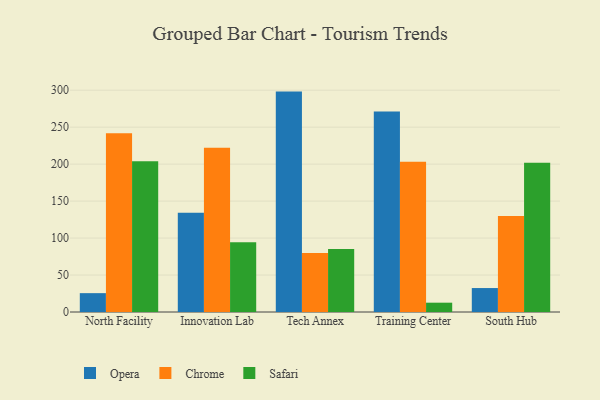
{"axis": {"x": "Campus", "y": "Gross Profit (USD K)"}, "legend": ["Chrome", "Opera", "Safari"], "data": [{"x": "North Facility", "y": 25.5, "type": "Opera"}, {"x": "North Facility", "y": 241.7, "type": "Chrome"}, {"x": "North Facility", "y": 204.0, "type": "Safari"}, {"x": "Innovation Lab", "y": 134.2, "type": "Opera"}, {"x": "Innovation Lab", "y": 222.3, "type": "Chrome"}, {"x": "Innovation Lab", "y": 94.3, "type": "Safari"}, {"x": "Tech Annex", "y": 298.1, "type": "Opera"}, {"x": "Tech Annex", "y": 79.7, "type": "Chrome"}, {"x": "Tech Annex", "y": 85.3, "type": "Safari"}, {"x": "Training Center", "y": 271.1, "type": "Opera"}, {"x": "Training Center", "y": 203.3, "type": "Chrome"}, {"x": "Training Center", "y": 12.6, "type": "Safari"}, {"x": "South Hub", "y": 32.4, "type": "Opera"}, {"x": "South Hub", "y": 129.7, "type": "Chrome"}, {"x": "South Hub", "y": 202.0, "type": "Safari"}]}